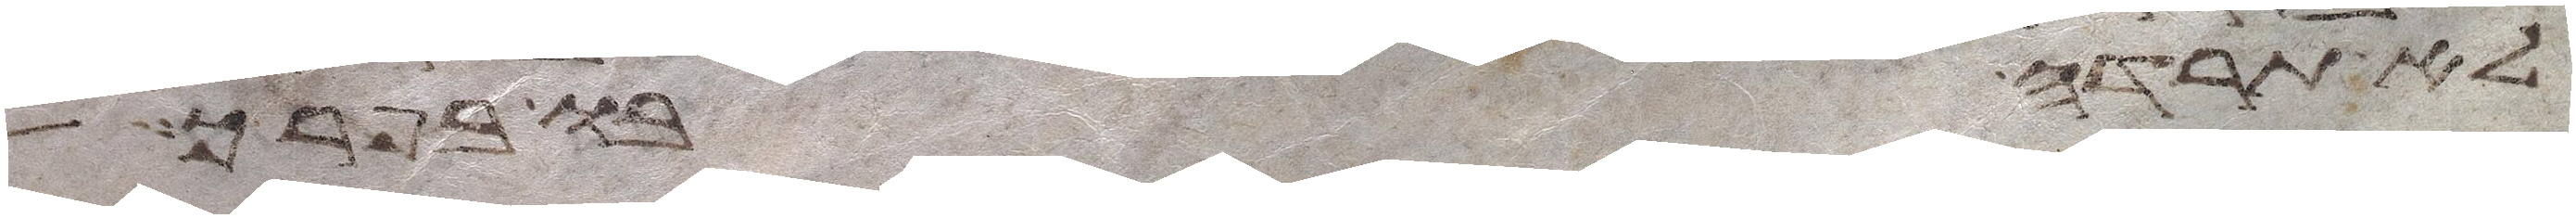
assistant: לא תרדה בו בפרך